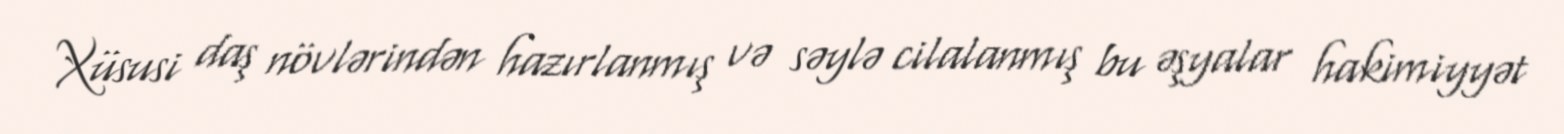
Xüsusi daş növlərindən hazırlanmış və səylə cilalanmış bu əşyalar hakimiyyət